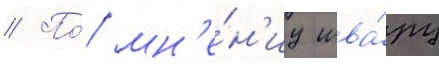
// По́ мн'е́н'иу шва́рц